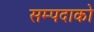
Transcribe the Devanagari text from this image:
सम्पदाको